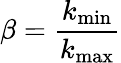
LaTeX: \beta=\frac{k_{\mathrm{min}}}{k_{\mathrm{max}}}